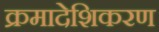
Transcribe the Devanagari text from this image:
क्रमादेशिकरण